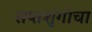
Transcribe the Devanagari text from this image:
सप्तशृंगीचा